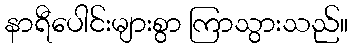
နာရီပေါင်းများစွာ ကြာသွားသည်။